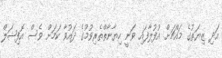
އަދި ޒިޔަތުގެ މައްޗަށް އުފުލާފައި ވަނީ ހިޔާނާތްތެރިވުމުގެ ދައުވާ ކަމަށް ވެސް އޮފިޝަލް